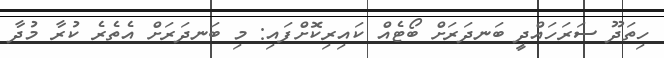
ހިތަދޫ ސަރަހައްދީ ބަނދަރަށް ބޯޓެއް ކައިރިކޮށްފައި: މި ބަނދަރަށް އެތެރެ ކުރާ މުދާ